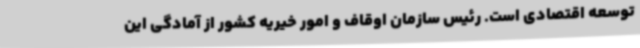
توسعه اقتصادی است. رئیس سازمان اوقاف و امور خیریه کشور از آمادگی این